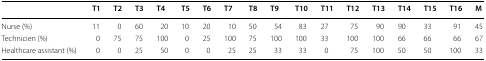
<table><thead><tr><td></td><td><b>T1</b></td><td><b>T2</b></td><td><b>T3</b></td><td><b>T4</b></td><td><b>T5</b></td><td><b>T6</b></td><td><b>T7</b></td><td><b>T8</b></td><td><b>T9</b></td><td><b>T10</b></td><td><b>T11</b></td><td><b>T12</b></td><td><b>T13</b></td><td><b>T14</b></td><td><b>T15</b></td><td><b>T16</b></td><td><b>M</b></td></tr></thead><tbody><tr><td>Nurse (%)</td><td>11</td><td>0</td><td>60</td><td>20</td><td>10</td><td>20</td><td>10</td><td>50</td><td>54</td><td>83</td><td>27</td><td>75</td><td>90</td><td>90</td><td>33</td><td>91</td><td>45</td></tr><tr><td>Technicien (%)</td><td>0</td><td>75</td><td>75</td><td>100</td><td>0</td><td>25</td><td>100</td><td>75</td><td>100</td><td>100</td><td>33</td><td>100</td><td>100</td><td>66</td><td>66</td><td>66</td><td>67</td></tr><tr><td>Healthcare assistant (%)</td><td>0</td><td>0</td><td>25</td><td>50</td><td>0</td><td>0</td><td>25</td><td>25</td><td>33</td><td>33</td><td>0</td><td>75</td><td>100</td><td>50</td><td>50</td><td>100</td><td>33</td></tr></tbody></table>